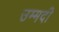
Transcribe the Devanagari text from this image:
उम्मदी